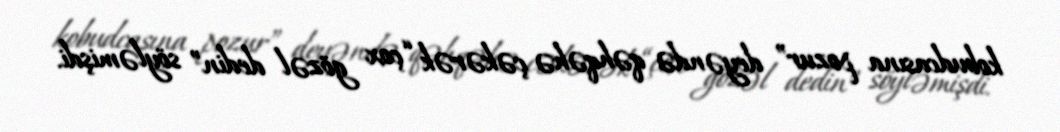
kobudcasına pozur” deyəndə qəhqəhə çəkərək “çox gözəl dedin” söyləmişdi.